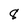
Character: 8